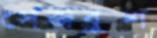
সেজব্রুশ